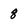
Character: 8